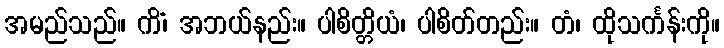
အမည်သည်။ ကိံ၊ အဘယ်နည်း။ ပါစိတ္တိယံ၊ ပါစိတ်တည်း။ တံ၊ ထိုသင်္ကန်းကို။